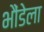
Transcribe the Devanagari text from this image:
भौंडेला